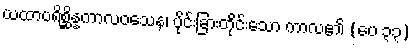
ယထာပရိစ္ဆိန္နကာလဝသေန၊ ပိုင်းခြားတိုင်းသော ကာလ၏ (ပေ ၃၃)